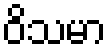
ဝိသမာ